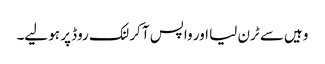
وہیں سے ٹرن لیا اور واپس آ کر لنک روڈ پر ہو لیے۔